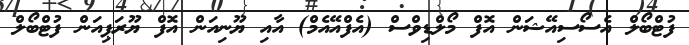
ފުޓްބޯލް އެސޯސިއޭޝަން އޮފް މޯލްޑިވްސް (އެފްއޭއެމް) އާއި ޔޫނިއަން އޮފް ޔޫރަޕިއަން ފުޓްބޯލް